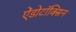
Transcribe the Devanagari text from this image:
ऐंडोटॉक्सिन